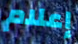
إعلام